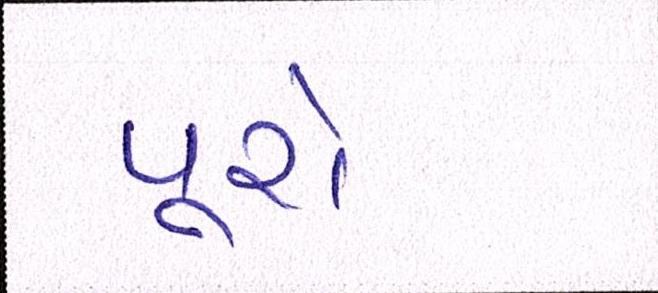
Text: પૂરો